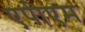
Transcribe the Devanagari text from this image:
एपीएम